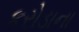
કરોડાના